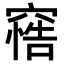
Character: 𥧦